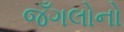
જઁગલોનો